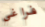
فراغي